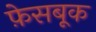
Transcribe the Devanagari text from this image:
फ़ेसबूक